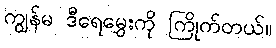
ကျွန်မ ဒီရေမွှေးကို ကြိုက်တယ်။